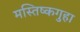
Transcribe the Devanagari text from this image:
मस्तिष्कगुहा